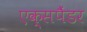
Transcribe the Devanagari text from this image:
एक्सपैंडर